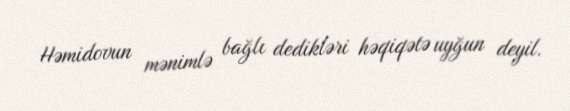
Həmidovun mənimlə bağlı dedikləri həqiqətə uyğun deyil.